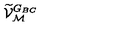
\widetilde { \mathcal V } _ { \mathcal M } ^ { G _ { \scriptsize B C } }